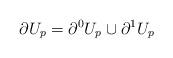
LaTeX: \begin{align*}\partial U_p = \partial^0U_p \cup \partial^1U_p\end{align*}